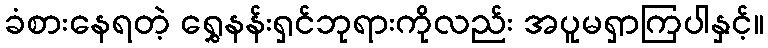
ခံစားနေရတဲ့ ရွှေနန်းရှင်ဘုရားကိုလည်း အပူမရှာကြပါနှင့်။